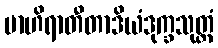
ဗာဟိရာတီတာဒိယံဒုက္ခသုတ္တံ